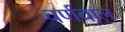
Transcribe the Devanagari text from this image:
वर्णवाल